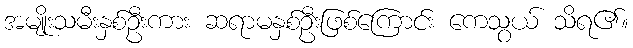
အမျိုးသမီးနှစ်ဦးကား ဆရာမနှစ်ဦးဖြစ်ကြောင်း ကေသွယ် သိရ၏။